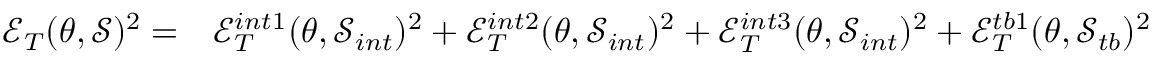
\begin{array} { r l } { \mathcal { E } _ { T } ( \theta , \mathcal { S } ) ^ { 2 } = } & { { } \mathcal { E } _ { T } ^ { i n t 1 } ( \theta , \mathcal { S } _ { i n t } ) ^ { 2 } + \mathcal { E } _ { T } ^ { i n t 2 } ( \theta , \mathcal { S } _ { i n t } ) ^ { 2 } + \mathcal { E } _ { T } ^ { i n t 3 } ( \theta , \mathcal { S } _ { i n t } ) ^ { 2 } + \mathcal { E } _ { T } ^ { t b 1 } ( \theta , \mathcal { S } _ { t b } ) ^ { 2 } } \end{array}